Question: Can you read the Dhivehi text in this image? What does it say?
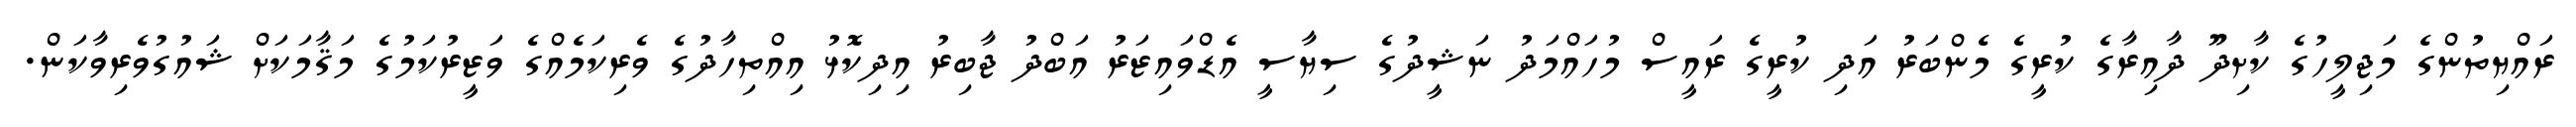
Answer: ރައްޔިތުންގެ މަޖިލީހުގެ ކާށިދޫ ދާއިރާގެ ކުރީގެ މެންބަރު އަދި ކުރީގެ ރައީސް މުހައްމަދު ނަޝީދުގެ ސިޔާސީ އެޑްވައިޒަރު އަބްދު ޖާބިރު އިދިކޮޅު އިއްތިހާދުގެ ވެރިކަމެއްގެ ވަޒީރުކަމުގެ މަޤާމަކަށް ޝައުގުވެރިވާކަން.